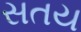
સતય